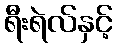
ရီးရဲလ်နှင့်